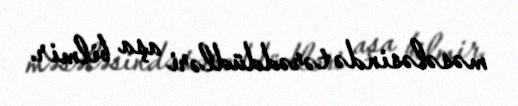
məsələsində tərəddüdləri aşa bilmir.